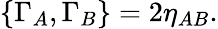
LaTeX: {\lbrace\Gamma_{A},\Gamma_{B}\rbrace=2\eta_{AB}.}